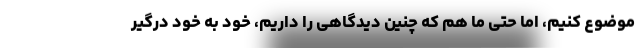
موضوع کنیم، اما حتی ما هم که چنین دیدگاهی را داریم، خود به خود درگیر